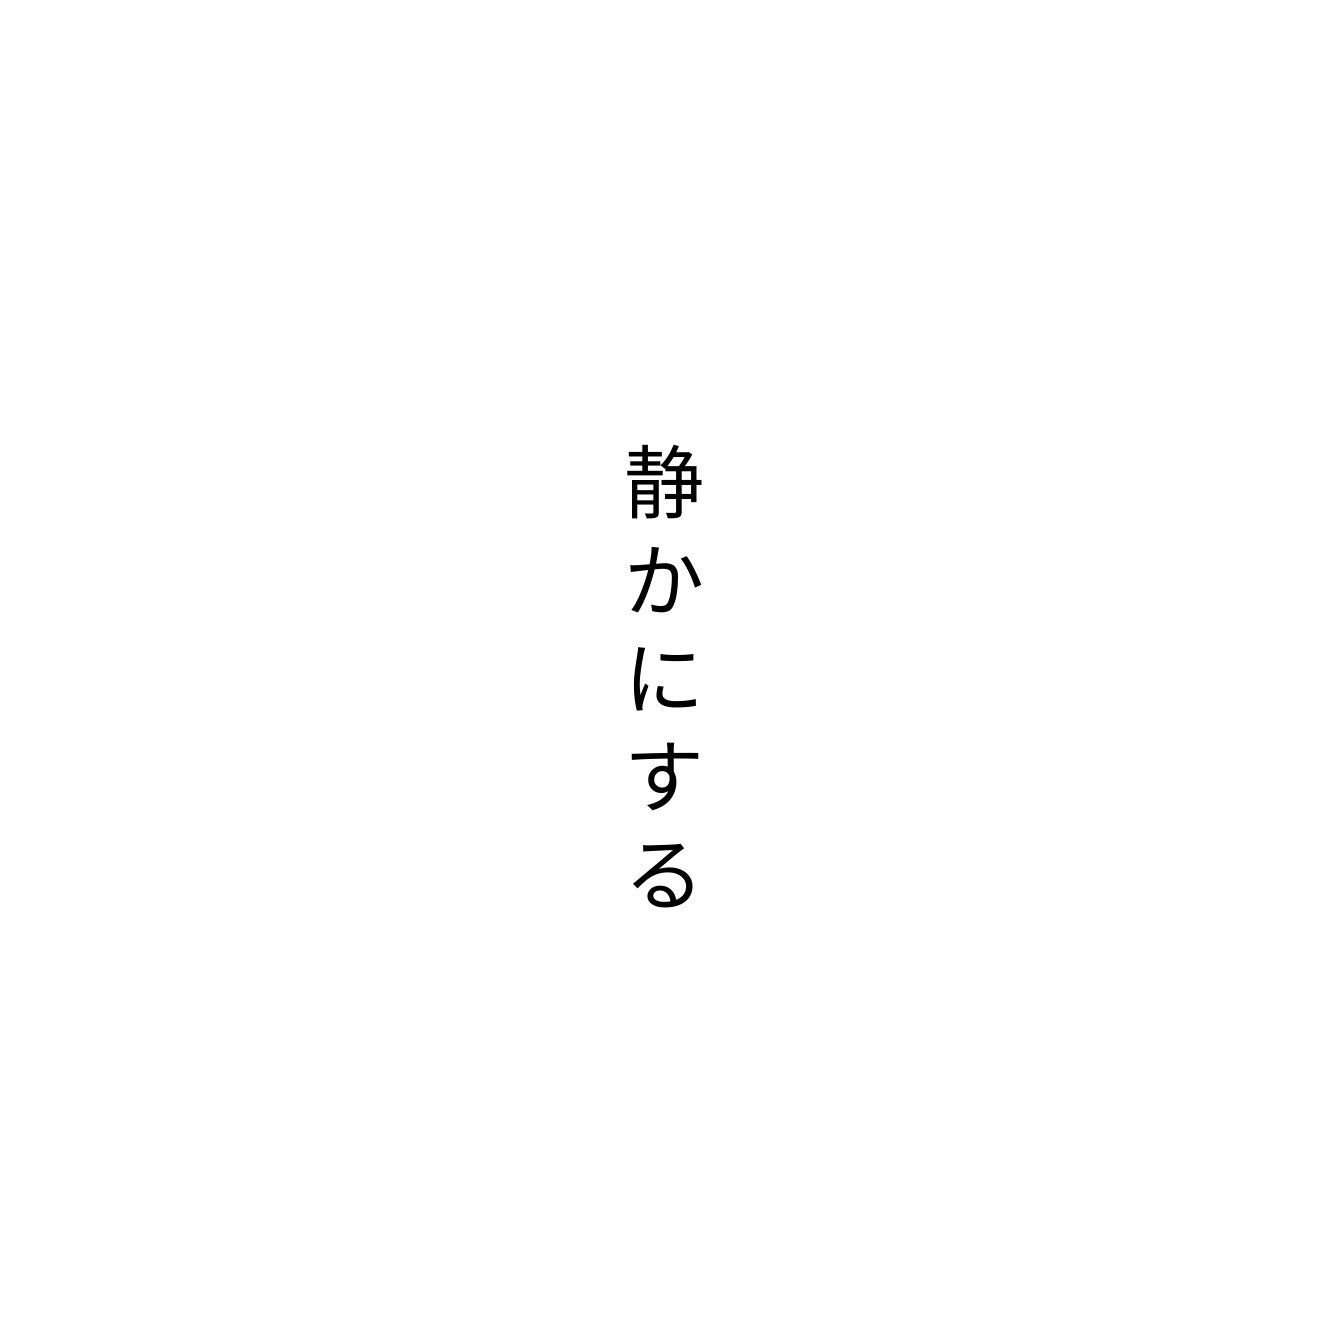
静かにする